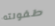
طفولته